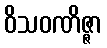
ဝိသဝဏိဇ္ဇာ